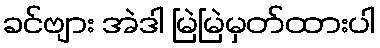
ခင်ဗျား အဲဒါ မြဲမြဲမှတ်ထားပါ